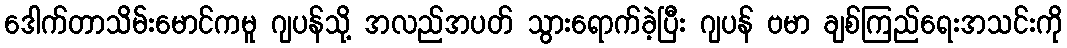
ဒေါက်တာသိမ်းမောင်ကမူ ဂျပန်သို့ အလည်အပတ် သွားရောက်ခဲ့ပြီး ဂျပန် ဗမာ ချစ်ကြည်ရေးအသင်းကို